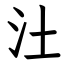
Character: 汢